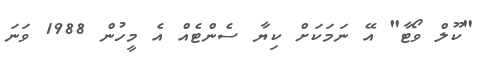
"ކޫލް ވޯޓާ" އޭ ނަމަކަށް ކިޔާ ސެންޓެއް އެ މީހުން 1988 ވަނަ